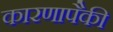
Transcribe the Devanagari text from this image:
कारणापैकी